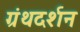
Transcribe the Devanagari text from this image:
ग्रंथदर्शन